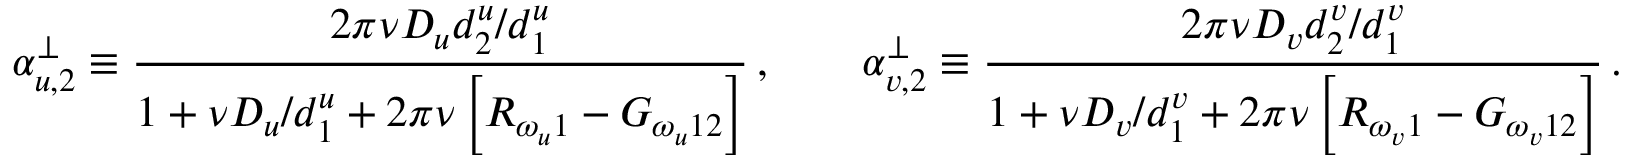
\alpha _ { u , 2 } ^ { \perp } \equiv \frac { 2 \pi \nu D _ { u } { d _ { 2 } ^ { u } / d _ { 1 } ^ { u } } } { 1 + { \nu D _ { u } / d _ { 1 } ^ { u } } + 2 \pi \nu \left[ R _ { \omega _ { u } 1 } - G _ { \omega _ { u } 1 2 } \right] } \, , \qquad \alpha _ { v , 2 } ^ { \perp } \equiv \frac { 2 \pi \nu D _ { v } { d _ { 2 } ^ { v } / d _ { 1 } ^ { v } } } { 1 + { \nu D _ { v } / d _ { 1 } ^ { v } } + 2 \pi \nu \left[ R _ { \omega _ { v } 1 } - G _ { \omega _ { v } 1 2 } \right] } \, .